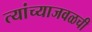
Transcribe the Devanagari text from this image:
त्यांच्याजवळची